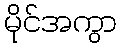
မိုင်အကွာ